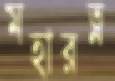
মহারত্ন